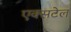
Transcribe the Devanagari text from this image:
एक्सटेल